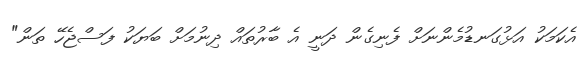
އެކަމަކު އަޅުގަނޑުމެންނަށް ފެނިގެން ދަނީ އެ ބާރުތައް ދިނުމަށް ބަޔަކު ފަސްޖެހޭ ތަން"